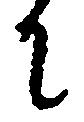
に